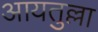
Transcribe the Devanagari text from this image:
आयतुल्ला